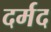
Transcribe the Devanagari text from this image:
दर्मद